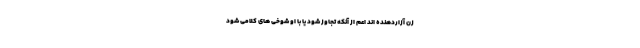
زن آزاردهنده اند اعم از آنکه تجاوز شود یا با او شوخی های کلامی شود